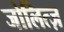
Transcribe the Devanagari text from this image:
जोलित्ज़